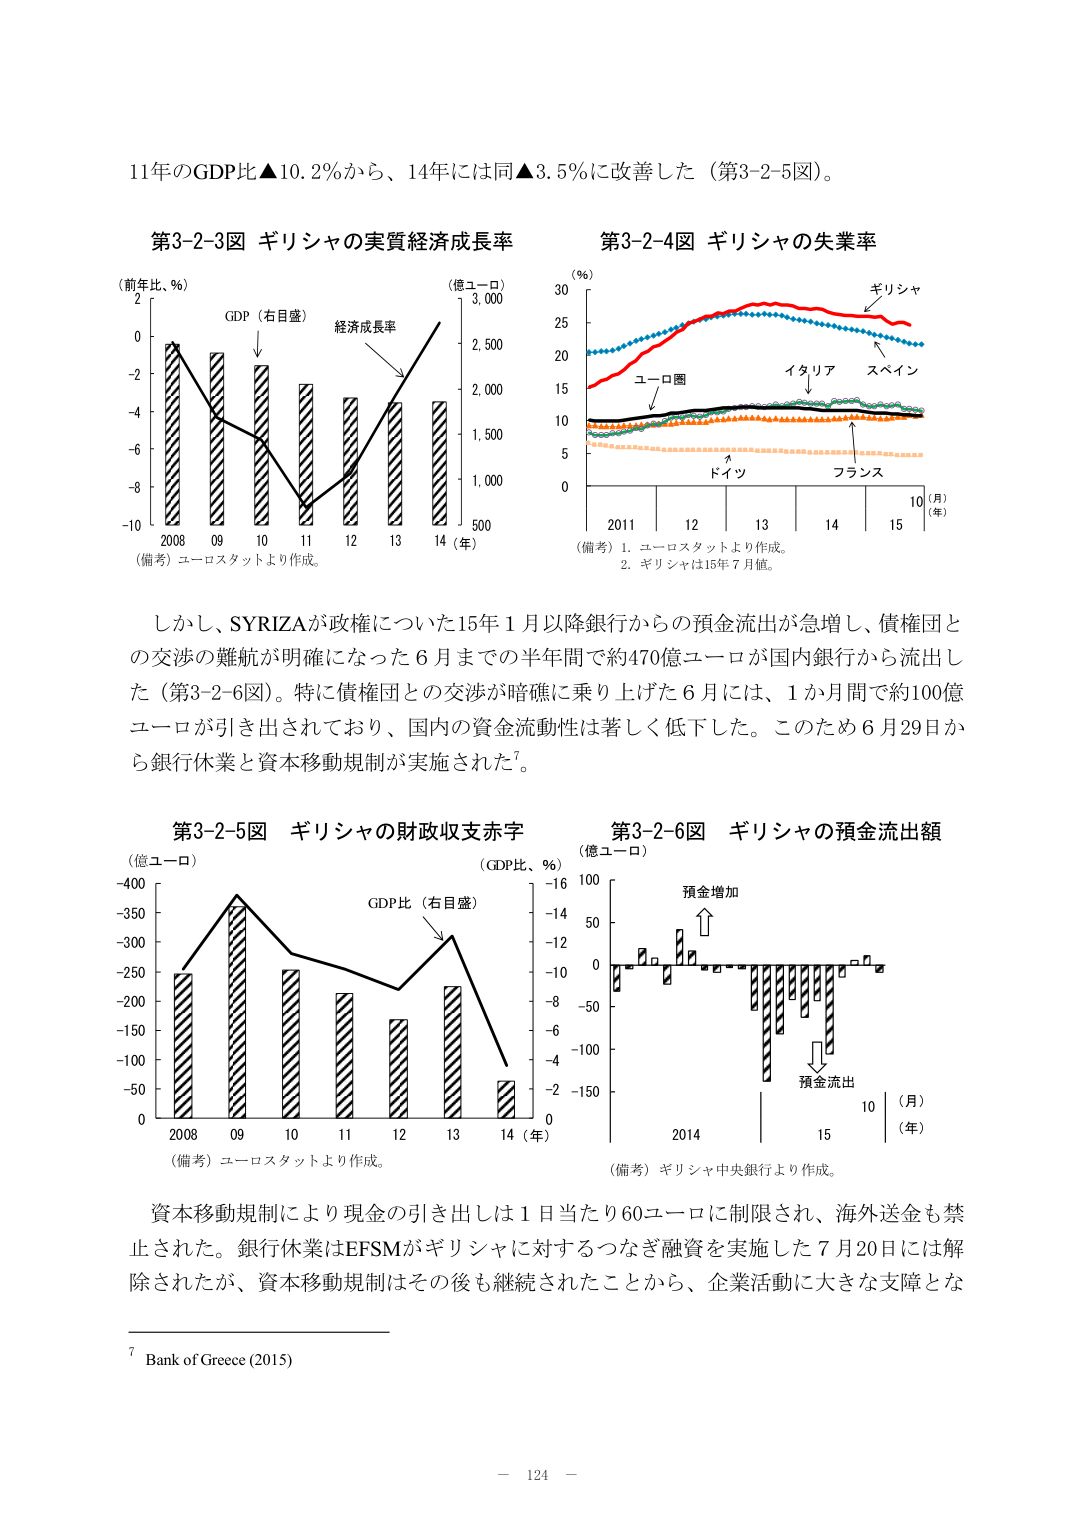
11年のGDP比▲10.2％から、14年には同▲3.5％に改善した（第3-2-5図）。

第3-2-3図 ギリシャの実質経済成長率
（前年比、％）
2
0
-2
-4
-6
-8
-10
2008 09 10 11 12 13 14（年）
GDP（右目盛）
経済成長率
（億ユーロ）
3,000
2,500
2,000
1,500
1,000
500
（備考）ユーロスタットより作成。

第3-2-4図 ギリシャの失業率
（％）
30
25
20
15
10
5
0
2011 12 13 14 15（年）
（月）
ギリシャ
イタリア
スペイン
ドイツ
フランス
ユーロ圏
（備考）1. ユーロスタットより作成。
2. ギリシャは15年7月値。

しかし、SYRIZAが政権についた15年1月以降銀行からの預金流出が急増し、債権団との交渉の難航が明確になった6月までの半年間で約470億ユーロが国内銀行から流出した（第3-2-6図）。特に債権団との交渉が暗礁に乗り上げた6月には、1か月間で約100億ユーロが引き出されており、国内の資金流動性は著しく低下した。このため6月29日から銀行休業と資本移動規制が実施された⁷。

第3-2-5図 ギリシャの財政収支赤字
（億ユーロ）
-400
-350
-300
-250
-200
-150
-100
-50
0
2008 09 10 11 12 13 14（年）
GDP比（右目盛）
（GDP比、％）
-16
-14
-12
-10
-8
-6
-4
-2
0
（備考）ユーロスタットより作成。

第3-2-6図 ギリシャの預金流出額
（億ユーロ）
100
50
0
-50
-100
-150
2014 15（年）
（月）
預金増加
預金流出
（備考）ギリシャ中央銀行より作成。

資本移動規制により現金の引き出しは1日当たり60ユーロに制限され、海外送金も禁止された。銀行休業はEFSMがギリシャに対するつなぎ融資を実施した7月20日には解除されたが、資本移動規制はその後も継続されたことから、企業活動に大きな支障とな

⁷ Bank of Greece (2015)

－ 124 －